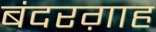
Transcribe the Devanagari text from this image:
बंदरग़ाह